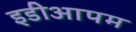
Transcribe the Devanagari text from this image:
इडीआपम